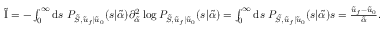
\begin{array} { r } { \tilde { \mathrm { I } } = - \int _ { 0 } ^ { \infty } \mathrm { d } s \ P _ { \tilde { S } , \tilde { u } _ { f } | \tilde { u } _ { 0 } } ( s | \tilde { \alpha } ) \partial _ { \tilde { \alpha } } ^ { 2 } \log P _ { \tilde { S } , \tilde { u } _ { f } | \tilde { u } _ { 0 } } ( s | \tilde { \alpha } ) = \int _ { 0 } ^ { \infty } \mathrm { d } s \ P _ { \tilde { S } , \tilde { u } _ { f } | \tilde { u } _ { 0 } } ( s | \tilde { \alpha } ) s = \frac { \tilde { u } _ { f } - \tilde { u } _ { 0 } } { \tilde { \alpha } } . } \end{array}